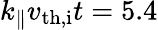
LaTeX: k_{\parallel}v_{\mathrm{th,i}}t=5.4